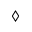
\diamond